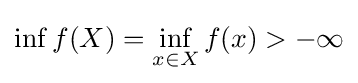
\inf _{}f(X)=\inf _{x\in X}f(x)>-\infty